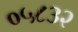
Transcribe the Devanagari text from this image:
०५८३२